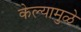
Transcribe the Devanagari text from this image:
केल्‍यामुळे